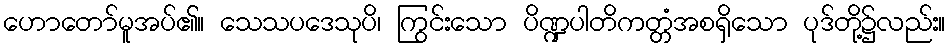
ဟောတော်မူအပ်၏။ သေသပဒေသုပိ၊ ကြွင်းသော ပိဏ္ဍပါတိကတ္တံအစရှိသော ပုဒ်တို့၌လည်း။